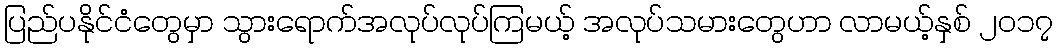
ပြည်ပနိုင်ငံတွေမှာ သွားရောက်အလုပ်လုပ်ကြမယ့် အလုပ်သမားတွေဟာ လာမယ့်နှစ် ၂၀၁၇